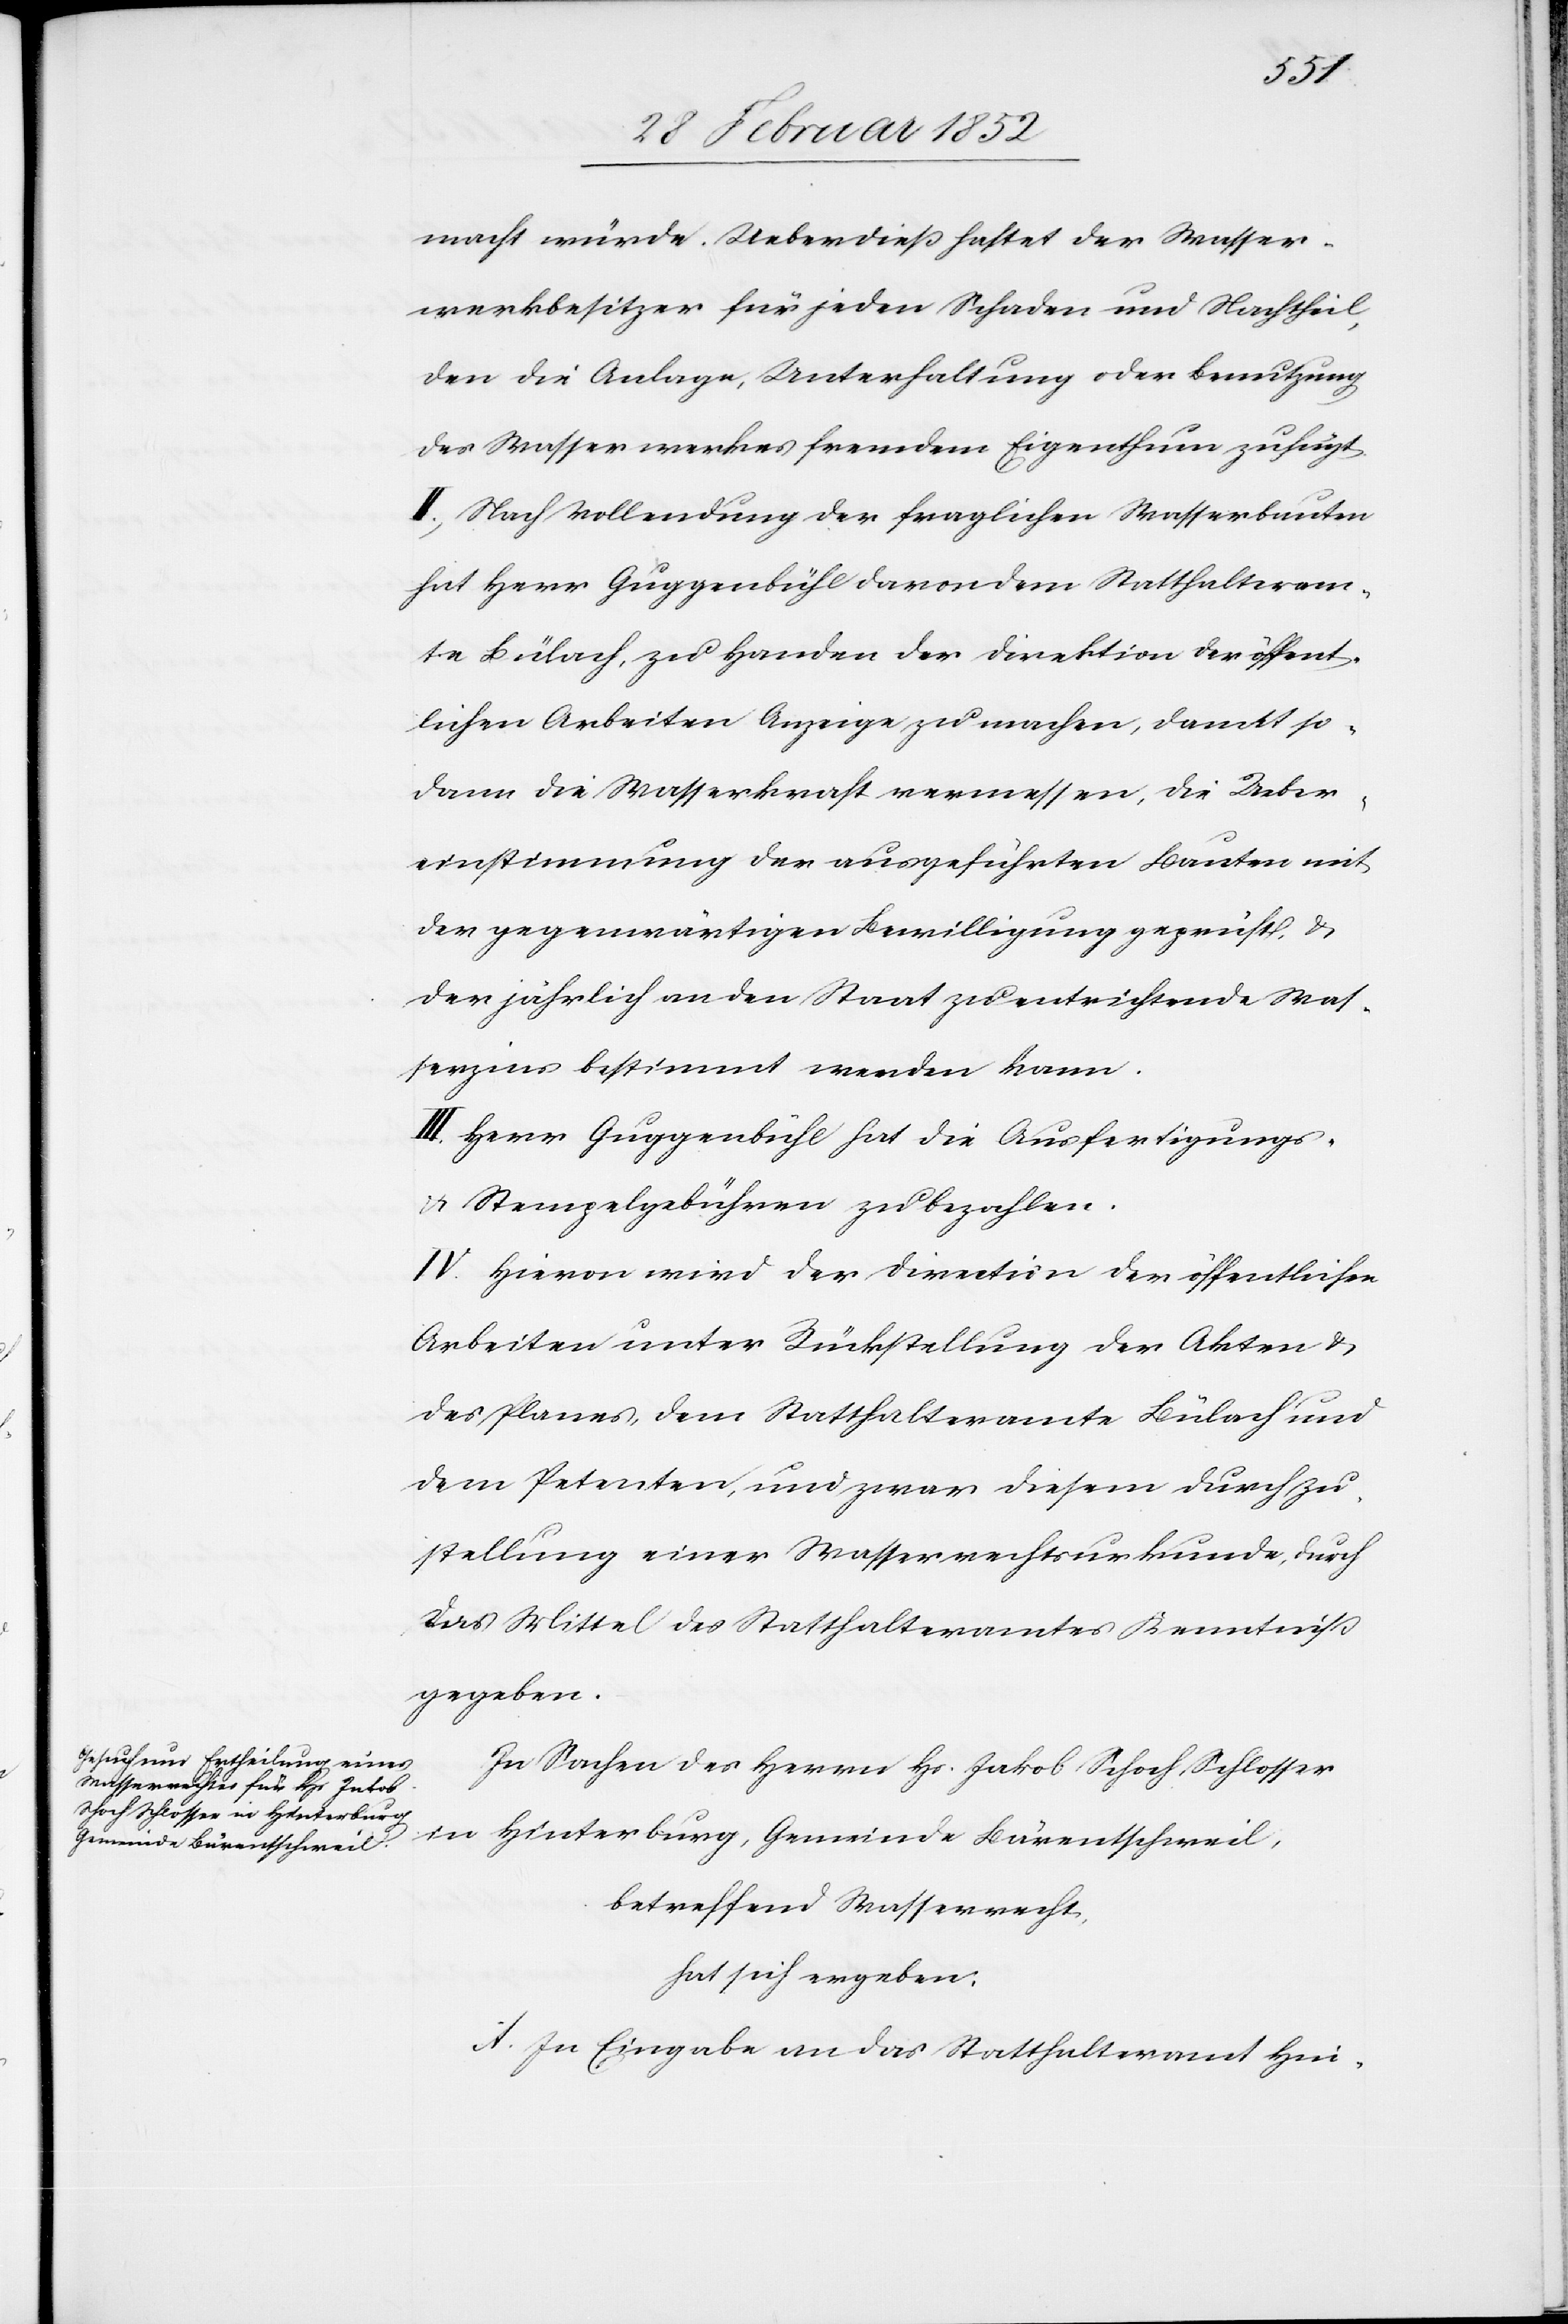
macht würde. Ueberdieß haftet der Wasser¬
werkbesitzer für jeden Schaden und Nachtheil
den die Anlage, Unterhaltung oder Benutzung
des Wasserwerkes fremdem Eigenthum zufügt.
II.) Nach Vollendung der fraglichen Wasserbauten
hat Herr Guggenbühl davon dem Statthalteram¬
te Bülach, zu Handen der Direktion der öffent¬
lichen Arbeiten Anzeige zu machen, damit so¬
dann die Wasserkraft vermessen, die Ueber¬
einstimmung der ausgeführten Bauten mit
der gegenwärtigen Bewilligung geprüft u.
der jährlich an den Staat zu entrichtende Was¬
serzins bestimmt werden kann.
III. Herr Guggenbühl hat die Ausfertigungs-
u. Stempelgebühren zu bezahlen.
IV. Hiervon wird der Direction der öffentlichen
Arbeiten unter Rückstellung der Akten u.
des Planes, dem Statthalteramte Bülach und
dem Petenten und zwar diesem durch Zu¬
stellung einer Wasserrechtsurkunde, durch
das Mittel des Statthalteramtes Kenntniß
gegeben.
In Sachen des Herrn Hs Jakob Schoch Schlosser
in Hinterburg, Gemeinde Bärentschweil,
betreffend Wasserrecht,
hat sich ergeben.
A. In Eingabe an das Statthalteramt Hin-